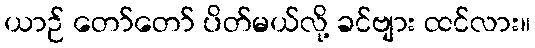
ယာဉ် တော်တော် ပိတ်မယ်လို့ ခင်ဗျား ထင်လား။